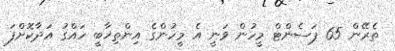
ތެރޭން 65 ޕަސެންޓް މީހުން ވަނީ އެ މީހުންގެ އިންތިޚާބީ ހައްގު އަދާކޮށްފަ